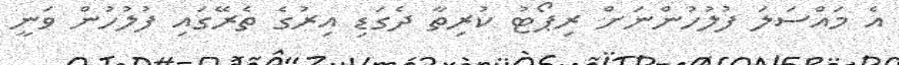
އެ މައްސަލަ ފުލުހުންނަށް ރިޕޯޓު ކުރިތާ ދެގަޑި އިރުގެ ތެރޭގައި ފުލުހުން ވަނީ